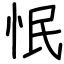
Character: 怋